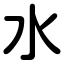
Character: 水